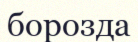
борозда